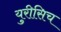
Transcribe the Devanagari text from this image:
युरीसिच